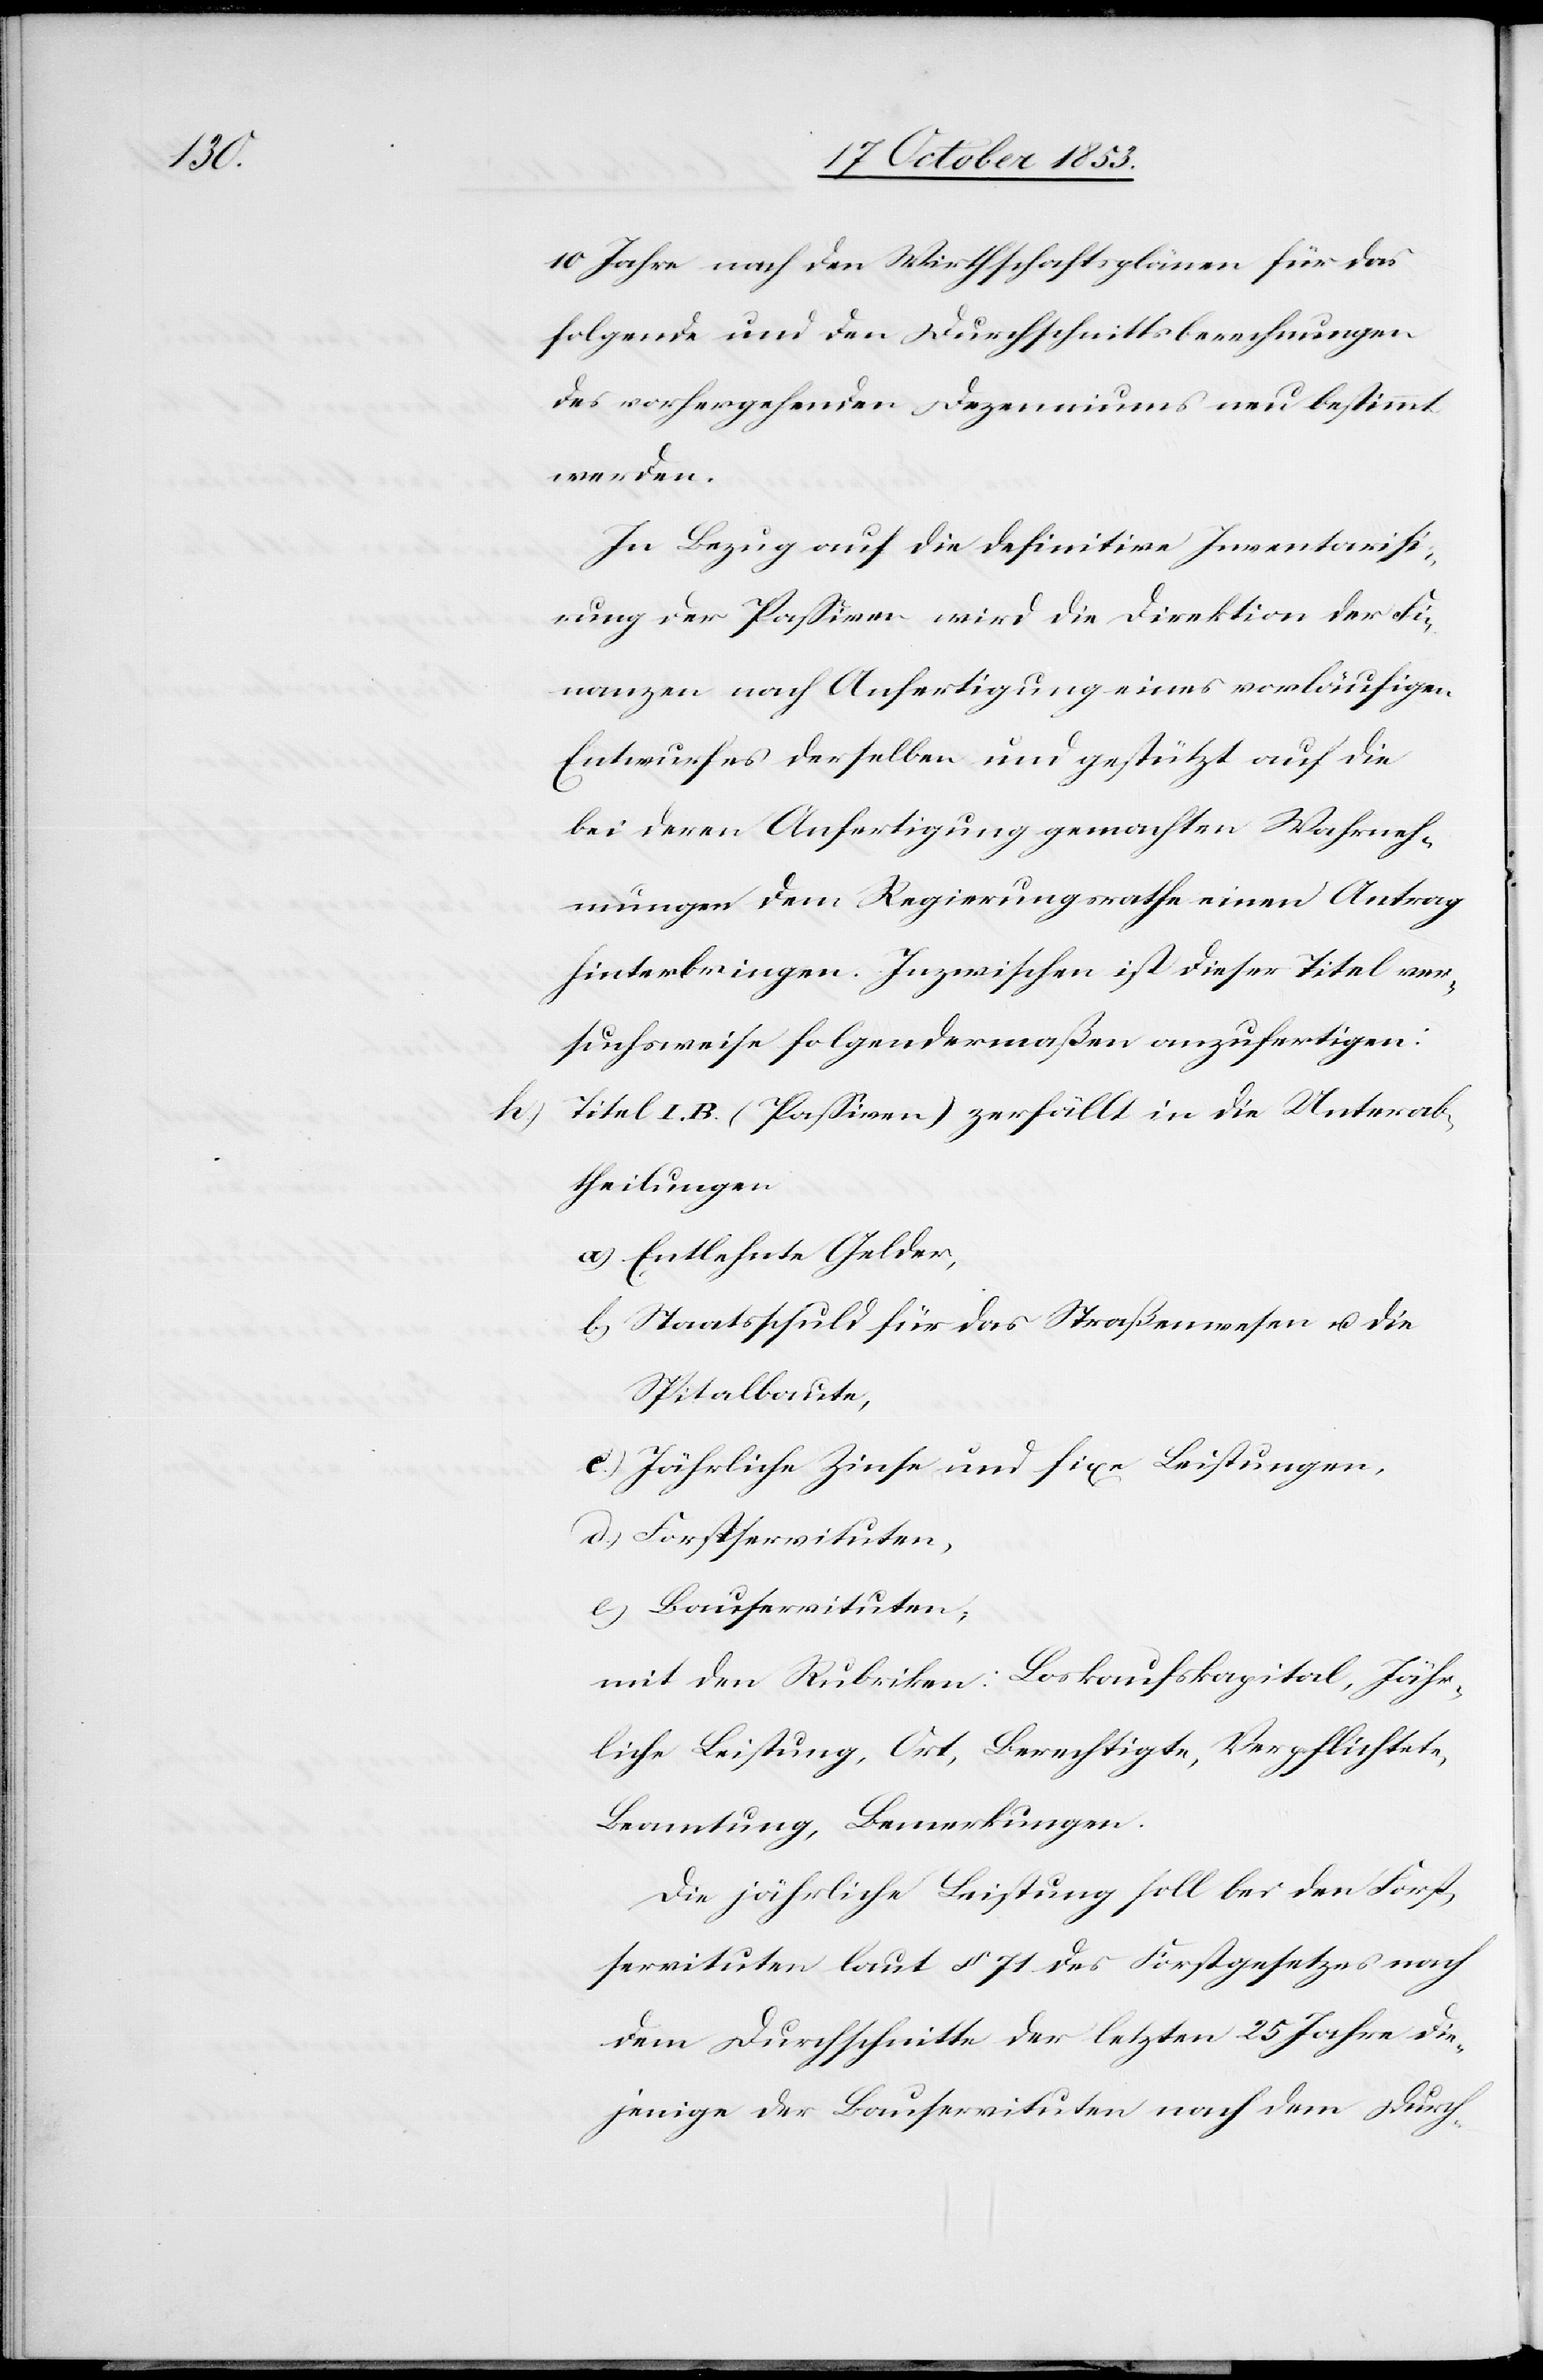
10 Jahre nach den Wirthschaftsplänen für das
folgende und den Durchschnittsberechnungen
des vorhergehenden Dezenniums neu bestimmt
werden.
In Bezug auf die definitive Inventarisi¬
rung der Paßiven wird die Direktion der Fi¬
nanzen nach Anfertigung eines vorläufigen
Entwurfes derselben und gestützt auf die
bei deren Anfertigung gemachten Wahrneh¬
mungen dem Regierungsrathe einen Antrag
hinterbringen. Inzwischen ist dieser Titel ver¬
suchsweise folgendermaßen anzufertigen:
h) Titel I. B. (Paßiven) zerfällt in die Unterab¬
theilungen.
a) Entlehnte Gelder,
b) Staatsschuld für das Straßenwesen u. die
Spitalbaute,
c) Jährliche Zinse und fixe Leistungen,
d) Forstservituten,
e) Bauservituten,
mit den Rubriken: Loskaufskapital, Jähr¬
liche Leistung, Ort, Berechtigte, Verpflichtete,
Beamtung, Bemerkungen.
Die jährliche Leistung soll bei den Fort¬
servituten laut § 71 des Forstgesetzes nach
dem Durchschnitte der letzten 25 Jahre die¬
jenige der Bauservituten nach dem Durch-